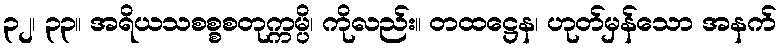
၃၂၊ ၃၃။ အရိယသစစ္စစတုက္ကမ္ပိ၊ ကိုလည်း။ တထဋ္ဌေန၊ ဟုတ်မှန်သော အနက်